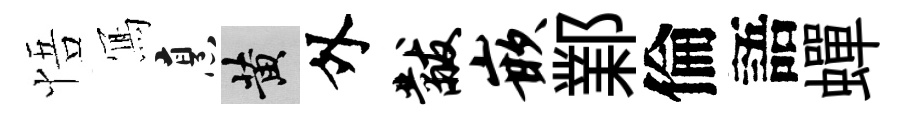
悟𭂁烹黄外黻嵌鄴倫語蟬